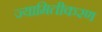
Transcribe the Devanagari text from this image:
ज्यामितीकरण